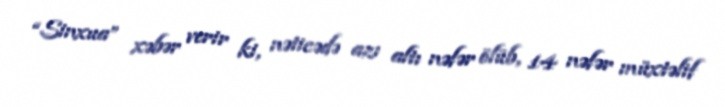
“Sinxua” xəbər verir ki, nəticədə azı altı nəfər ölüb, 14 nəfər müxtəlif